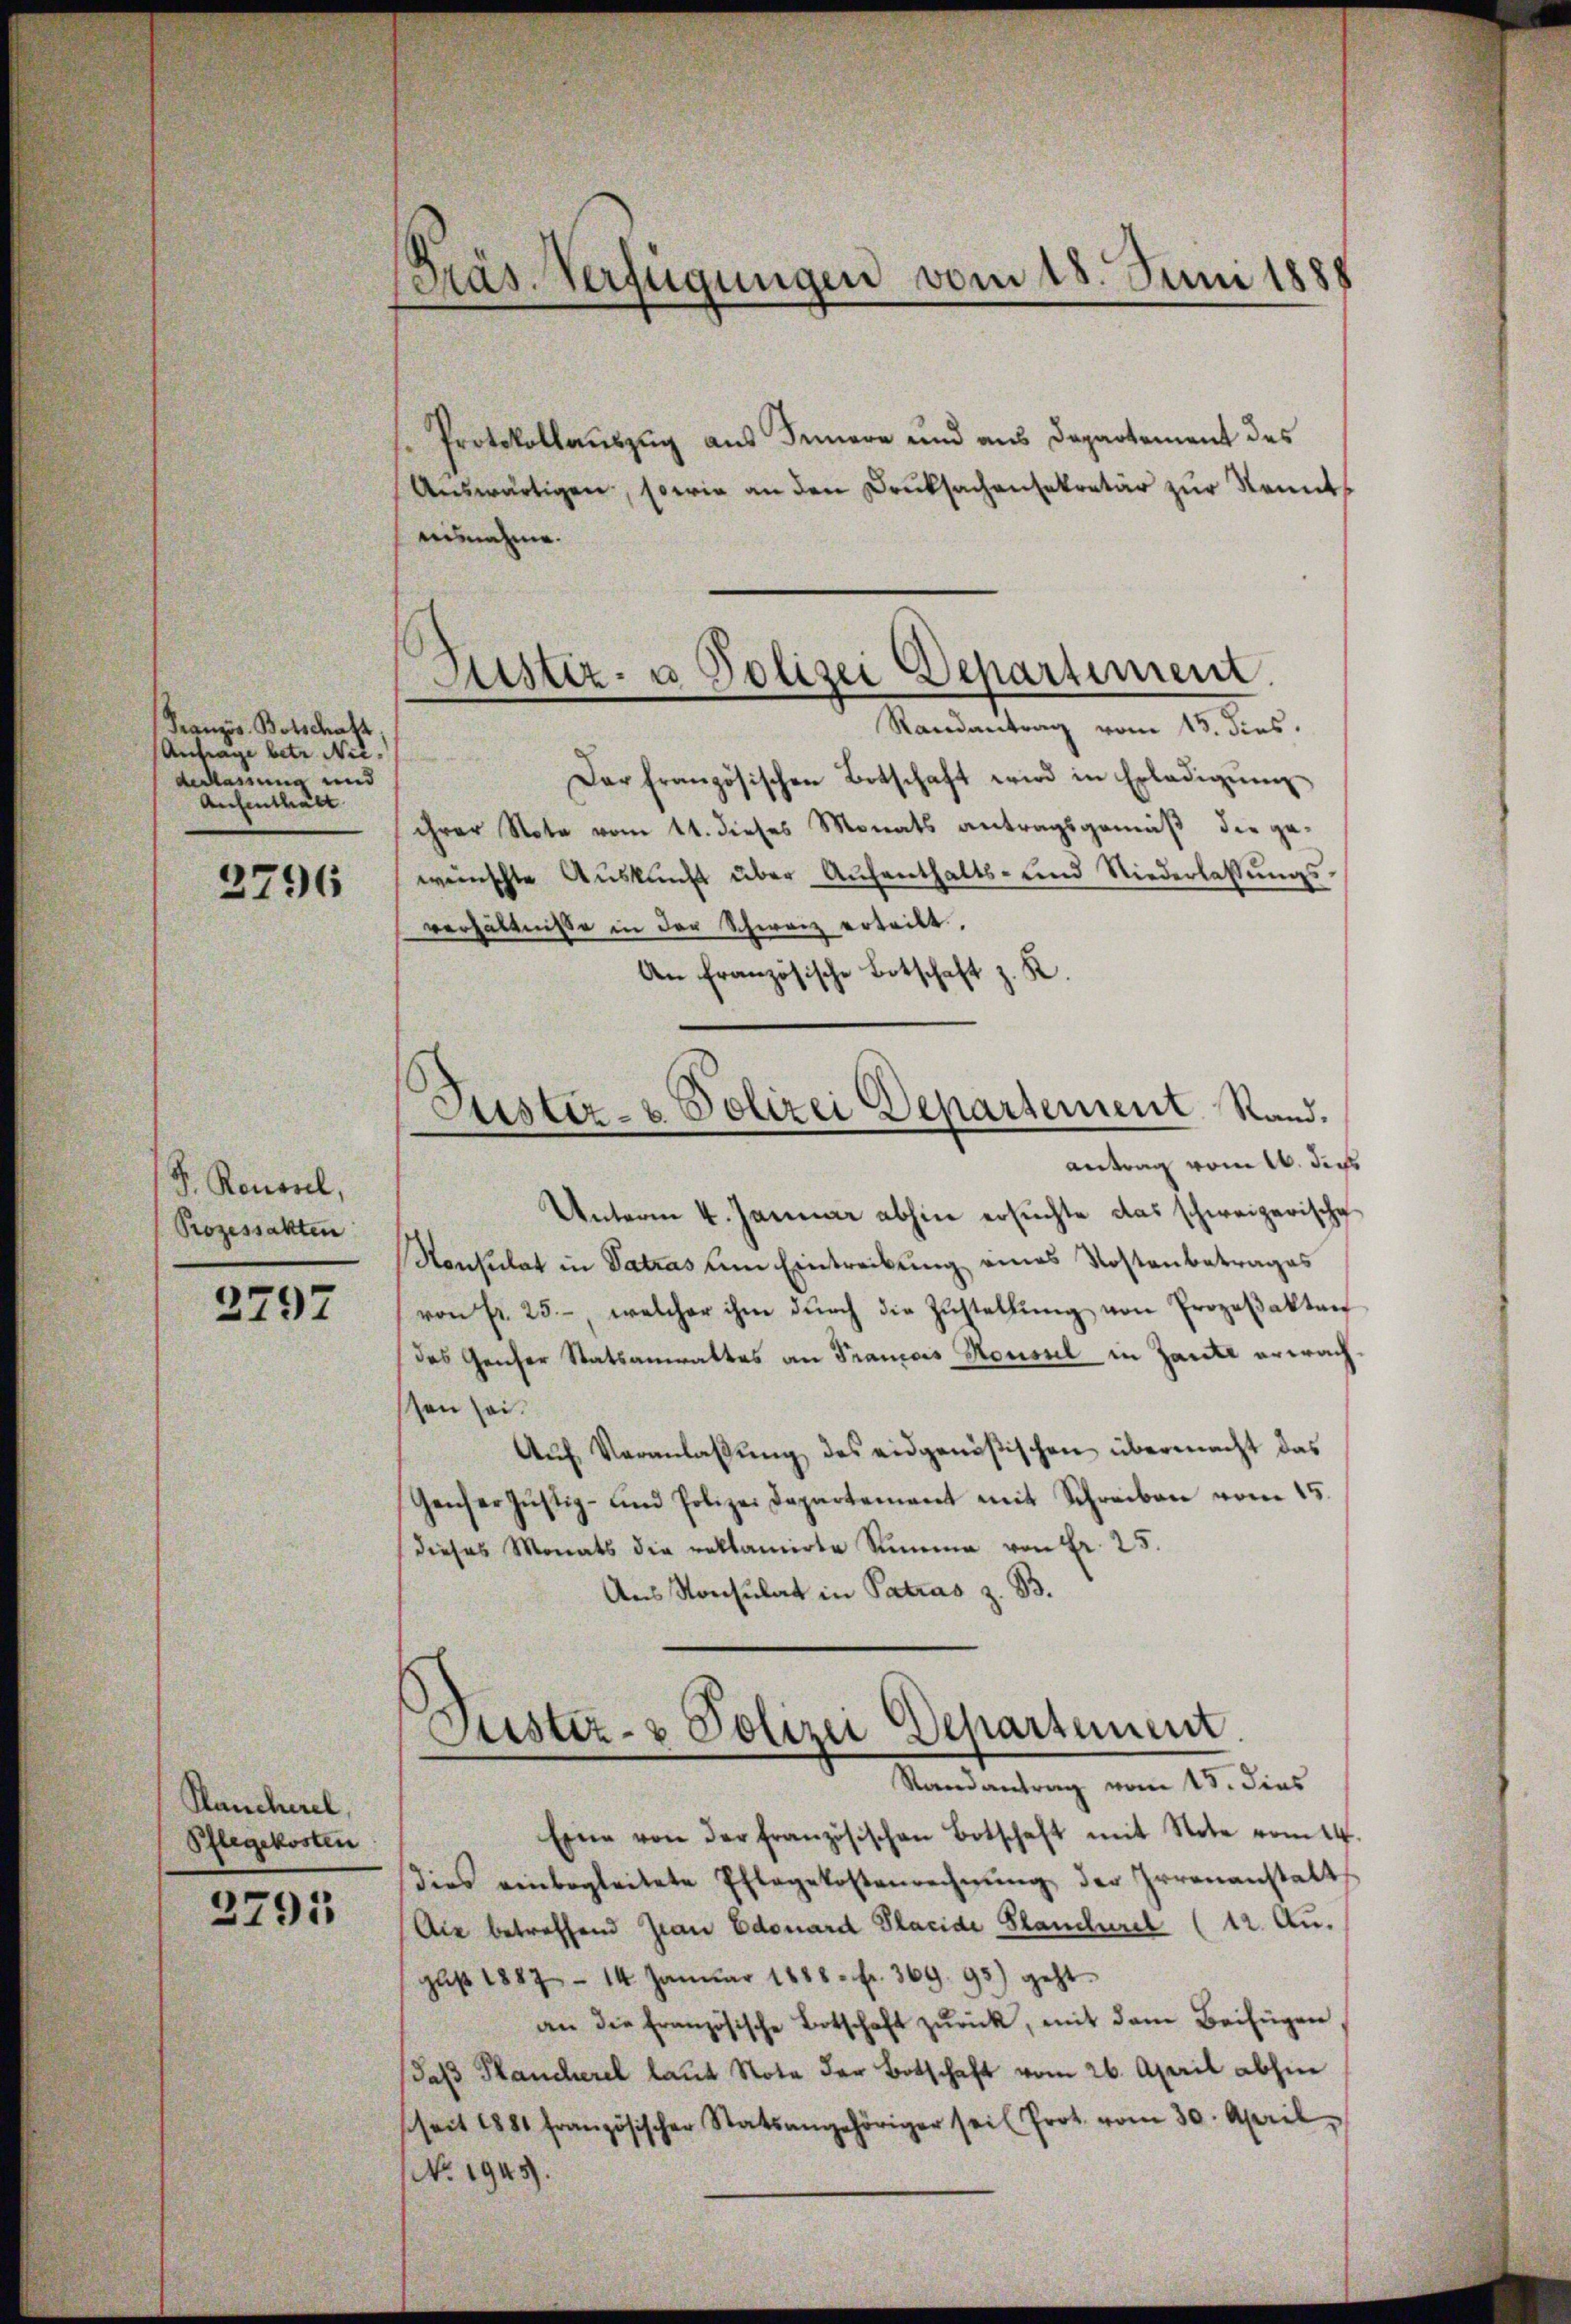
Französ. Botschaft
Anfrage betr. Niederlassung und
Aufenthält

2796

F. Rousel,
Prozessakten

2797

Rancherel,
Pflegekosten

2791

Präs. Verfügungen vom 18. Juni 1888

Justiz- u Polizei Departiment.
Randantrag vom 13. dies.

Protokollaŭszŭg aŭs Innere und aus Departement des
Aŭswärtigen, sowie an den Druksachensekretär zŭr Kennt
ausnahme.
Dar französischen Botschaft wird in Erledigŭng
ihrer Note vom 11. dieses Monats antragsgemäß die gewünschte Aŭskŭnft über Aŭfenthalts- und Niederlassŭngs-
verhältnisse in der Schwarz erteilt.
An französische Botschaft z. K.
Jüster- & Polizei Departement Rand.
antrag vom 16. dies
Unterm 4. Januar abhin ersuchte das schweizerische
Konsulat in Satras um Eintreibung eines Kostenbetrages
von Fr. 25, welcher ihm dŭrch die Zŭstellŭng von Prozeβaktan
das Gescher Statsanwaltes an Francois Konsul in Zante erwachssen sei.
Aŭf Veranlassŭng des eidgenößischen übermacht das
Geicher Justiz- und Polizei Departement mit Schreiben vom 15.
dieses Monats die reklamirte Summe von fr. 25.
Ans Konsulat in Patras z. B.

Justiz- & Polizei Departement.
Randantrag vom 15. dies

Eine von der französischen Botschaft mit Note vom 14.
dies einbegleitete Pflegekostenrechnŭng der Irrenanstalt
Die betreffend Jean Edouard Placide Plancherel (12. Au
gust 1887 - 14. Januar 1888. fr. 369. 95) geht.
an die Französische Botschaft zŭrück, mit dem Beifügen,
daß Plancherel laŭt Note der Botschaft vom 26. April abhin
sheit 1881 französischer Statsangehöriger sei (Prot. vom 30. April,
No. 1945.